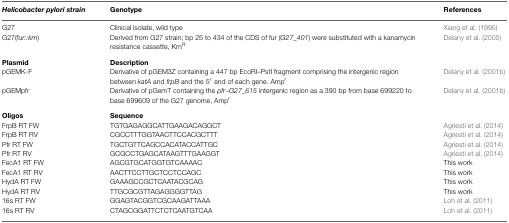
<table><thead><tr><td><b><i>Helicobacter pylori strain</i></b></td><td><b>Genotype</b></td><td><b>References</b></td></tr></thead><tbody><tr><td>G27</td><td>Clinical isolate, wild type</td><td>Xiang et al. (1995)</td></tr><tr><td>G27(<i>fur::km</i>)</td><td>Derived from G27 strain; bp 25 to 434 of the CDS of fur (<i>G27_401</i>) were substituted with a kanamycin resistance cassette, Km<sup>R</sup></td><td>Delany et al. (2005)</td></tr><tr><td><b>Plasmid</b></td><td><b>Description</b></td><td></td></tr><tr><td>pGEMK-F</td><td>Derivative of pGEM3Z containing a 447 bp EcoRI–PstI fragment comprising the intergenic region between <i>katA</i> and <i>frpB</i> and the 5′ end of each gene. Amp<sup>r</sup></td><td>Delany et al. (2001b)</td></tr><tr><td>pGEMpfr</td><td>Derivative of pGemT containing the <i>pfr</i>–<i>G27_615</i> intergenic region as a 390 bp from base 699220 to base 699609 of the G27 genome, Amp<sup>r</sup></td><td>Delany et al. (2001b)</td></tr><tr><td><b>Oligos</b></td><td><b>Sequence</b></td><td></td></tr><tr><td>FrpB RT FW</td><td>TGTGAGAGGCATTGAAGACAGGCT</td><td>Agriesti et al. (2014)</td></tr><tr><td>FrpB RT RV</td><td>CGCCTTTGGTAACTTCCACGCTTT</td><td>Agriesti et al. (2014)</td></tr><tr><td>Pfr RT FW</td><td>TGCTGTTCAGCCACATACCATTGC</td><td>Agriesti et al. (2014)</td></tr><tr><td>Pfr RT RV</td><td>GCGCCTGAGCATAAGTTTGAAGGT</td><td>Agriesti et al. (2014)</td></tr><tr><td>FecA1 RT FW</td><td>AGCGTGCATGGTGTCAAAAC</td><td>This work</td></tr><tr><td>FecA1 RT RV</td><td>AACTTCCTTGCTCCTCCAGC</td><td>This work</td></tr><tr><td>HydA RT FW</td><td>GAAAGCCGCTCAATACGCAG</td><td>This work</td></tr><tr><td>HydA RT RV</td><td>TTGCGCGTTAGAGGGGTTAG</td><td>This work</td></tr><tr><td>16s RT FW</td><td>GGAGTACGGTCGCAAGATTAAA</td><td>Loh et al. (2011)</td></tr><tr><td>16s RT RV</td><td>CTAGCGGATTCTCTCAATGTCAA</td><td>Loh et al. (2011)</td></tr></tbody></table>